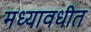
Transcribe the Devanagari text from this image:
मध्यावधीत